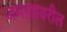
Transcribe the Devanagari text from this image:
जमावावरील